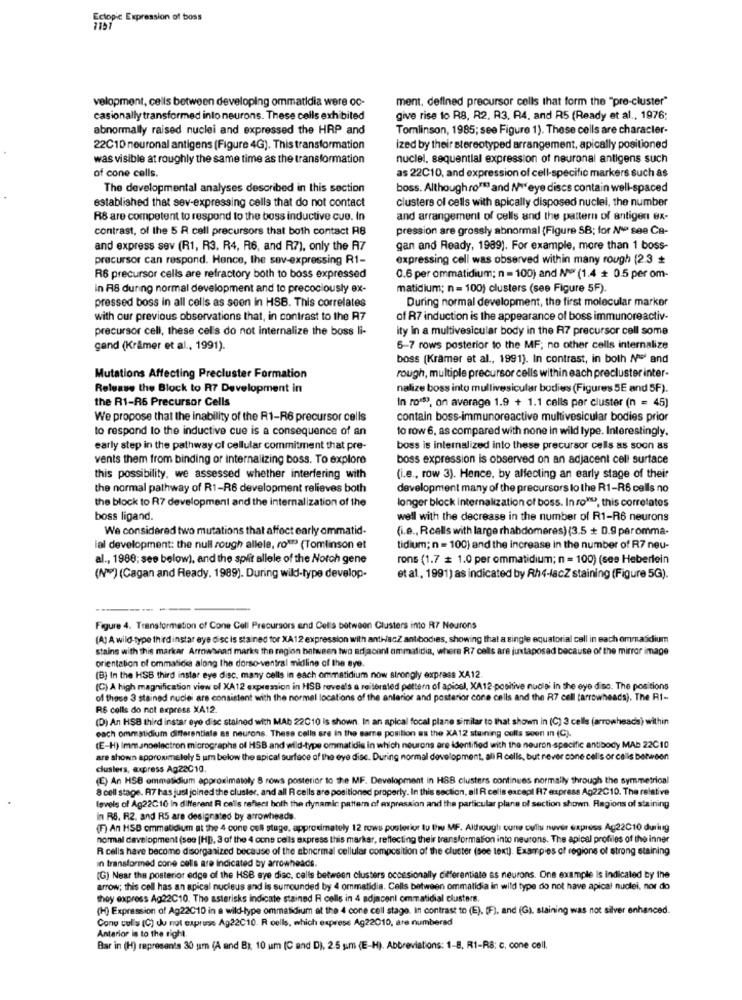
Ectopic Expression of boss
velopment, cells between developing ommatidia were oc-
ment, defined precursor cells that form the "pre-cluster"
casionally transformed into neurons. These cells exhibited
give rise to R8, R2. R3. R4. and R5 (Ready et al ., 1976;
abnormally raised nuclei and expressed the HRP and
Tomlinson, 1985; see Figure 1). These cells are character-
22C10 neuronal antigens (Figure 4G). This transformation
ized by their stereotyped arrangement, apically positioned
was visible at roughly the same time as the transformation
nuclei, sequential expression of neuronal antigens such
as 22C10, and expression of cell-specific markers such as
of cone cells.
The developmental analyses described in this section
boss. Although ro""" and N ** eye discs contain well-spaced
established that sev-expressing cells that do not contact
clusters of cells with apically disposed nuclei, the number
R8 are competent to respond to the boss inductive cue. In
and arrangement of cells and the pattern of antigen ex-
contrast, of the 5 R cell precursors that both contact RB
pression are grossly abnormal (Figure SB; for Nºº see Ca-
and express sev (R1, R3. R4, R6, and R7), only the A7
gan and Ready, 1989). For example, more than 1 boss-
precursor can respond. Hence, the sov-expressing R1-
expressing cell was observed within many rough (2.3
R6 precursor cells are refractory both to boss expressed
0.6 per ommatidium; n = 100) and Nº (1.4 + 0.5 per om-
in R8 during normal development and to precociously ex-
matidium; n = 100) clusters (see Figure 5F).
pressed boss in all cells as seen in HSB. This correlates
During normal development, the first molecular marker
with our previous observations that, in contrast to the A7
of R7 induction is the appearance of boss immunoreactiv-
precursor cell, these cel's do not internalize the boss li-
ity in a multivesicular body in the R7 precursor cell some
gand (Krämer et al ., 1991).
6-7 rows posterior to the MF; no other cells internalize
boss (Kramer et al ., 1991). In contrast, in both Nul and
Mutations Affecting Precluster Formation
rough, multiple precursor cells within each precluster inter-
Release the Block to R7 Development in
nalize boss into mullivesicular bodies (Figures 5E and 5F).
the R1-R6 Precursor Cells
In ro ** ), on average 1.9 + 1.1 calls per cluster (n = 45)
We propose that the Inability of the R1-R6 precursor cells
contain boss-immunoreactive multivesicular bodies prior
to respond to the inductive cue is a consequence of an
to row 6, as compared with none in wild type. Interestingly,
early step in the pathway of cellular commitment that pre-
boss is internalized into these precursor cells as soon as
vents them from binding or internalizing boss. To explore
boss expression is observed on an adjacent cell surface
this possibility, we assessed whether interfering with
(i.e ., row 3). Hence, by affecting an early stage of their
the normal pathway of R1-R6 development relieves both
development many of the precursors lo the R1-R6 cells no
the block to R7 development and the internalization of the
longer block internalization of boss. In ro""", this correlates
boss ligand.
well with the decrease in the number of R1-R6 neurons
We considered two mutations that affect early ommatid-
(i.e ., Rcells with large rhabdomeres) (3.5 + 0.9 paromma-
ial development: the null rough allele, ro"" (Tomlinson et
tidium; n = 100) and the increase in the number of R7 neu-
al ., 1980; see below), and the split allele of the Notch gene
rons (1.7 = 1.0 per ommatidium; n = 100) (see Heberlein
(Nº) (Cagan and Ready. 1989). During wild-type develop-
et al ., 1991) as indicated by Rh4-lacZ staining (Figure 5G).
Figure 4. Transformation of Cone Cell Precursors and Cellis between Clusters into R7 Neurons
(A) A wild-type third instar eye disc is stained for XA12 expression with anti-JacZ antibodies, showing that a single equatorial call in each ommasidium
stains with this markar Arrowsear marks the ragion between two adjacent ammalidia, where R7 cells are juxtaposad because of the mirror image
orientation of ommatices along the dorso-ventral midline of the eye.
(B) In the HSB third instar eye disc, many cells in each ommatidium now strongly express XA12.
(C) A high magnification view of XA12 expression in HSB reveals & reiterated pattern of apicel, XA12-positive nucia' in the eye disc. The positions
of these 3 stained nuclei are consistent with the normal locations of the anterior and posterior cone cells and the R7 cell (arrowheads). The RI --
R$ colls do not express XA12.
(D) An HSB third instar eye disc stained with MMAb 22C10 is shown. In an apical focal plane similar to that shown in (C) 3 cells (arrowheads) within
each ommatidium differentiate as neurons. These cells are in the same position as the XA12 stuning colls soon in (C).
(E-H) Immanoelectron micrographs of HSB and wild-type ommatidie in which neurons are identified with the neuron-specific antibody MAD 22C10
are shown approximately 5 um below the apical surface of the eye disc. During normal development, ali R cells, but never cone cells or calls between
clusters, express Ag22010
(E) An HSB ommatidium approximately 8 rows posterior to the MF. Development in HBB clusters continues normally through the symmetrical
8 cell stage. R7 has just joined the cluster, and all R cells are positioned properly. In this section, all R cells except R7 express Ag22C10. The relative
levels of Ag22C10 In different R calls reflect both the dynamic pattern of expression and the particular plans of section shown. Regions of staining
In RS. R2. and R5 are designated by arrowheads.
(F) An HSB ommatidium at the 4 cone cell stage, approximately 12 rows posterior tu l'u MF. Although cune culis nuver express Ag22C10 during
normal development (see [HD, 3 of the 4 cons cells express this markar, reflecting their transformation into neurons. The apical profiles of the inner
R cells have become disorganized because of the abnormal cellular composition of the cluster (see text). Examples of regions of strong staining
in transformed cone cells are Indicated by arrowheads.
(G) Near the posterior edge of the HSB aye disc, calls between clusters occasionally differentiate as neurons. One example Is indicated by the
arrow; this cell has an apical nucleus and is surrounded by 4 ormatidia. Cells between ommatidia in wild type do not have apical nuclei, nor do
they express Ag22C10. The asterisks indicate stained R cells in 4 adjacent ommatidial clusters
(H) Expression of Ag22C10 in a wild-type ommasidium at the 4 cone cell stage. In contrast to (E), (F), and (G). staining was not silver enhanced.
Cono culls (C) du not express Ag22C10. R cells, which express Ag22010, are numbered
Anterior is to the right.
Bar in (H) represents 30 um (A and Bx 10 um (C and D), 2.5 sim (E-H). Abbreviations: 1-8, R1-R8: c. cone cell.